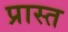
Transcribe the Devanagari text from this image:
प्रास्त